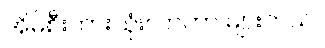
အိမ်စီးကားသုံးလာတာ များတယ်။